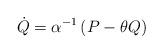
LaTeX: \begin{align*}\dot{Q}=\alpha^{-1}\left( P-\theta Q\right) \end{align*}